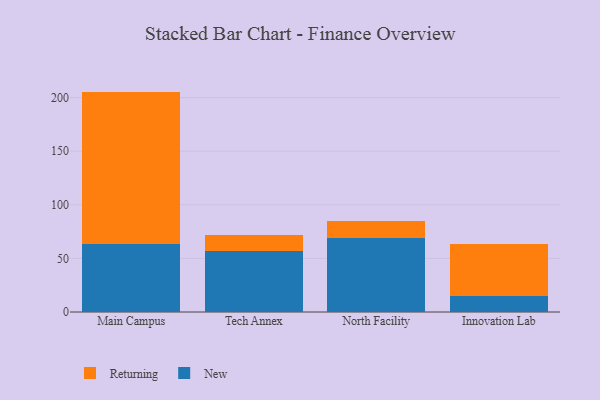
{"axis": {"x": "Campus", "y": "Budget (USD K)"}, "legend": ["New", "Returning"], "data": [{"x": "Main Campus", "y": 63.9, "type": "New"}, {"x": "Main Campus", "y": 141.7, "type": "Returning"}, {"x": "Tech Annex", "y": 56.8, "type": "New"}, {"x": "Tech Annex", "y": 14.6, "type": "Returning"}, {"x": "North Facility", "y": 69.1, "type": "New"}, {"x": "North Facility", "y": 15.8, "type": "Returning"}, {"x": "Innovation Lab", "y": 14.7, "type": "New"}, {"x": "Innovation Lab", "y": 48.3, "type": "Returning"}]}